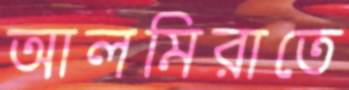
আলমিরাতে